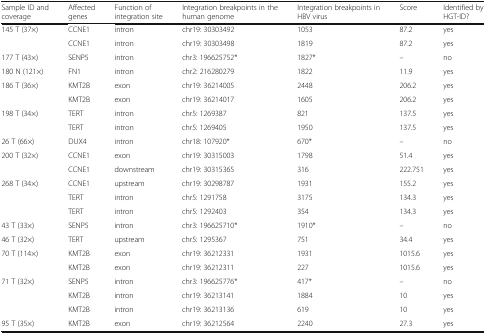
<table><thead><tr><td><b>Sample ID and coverage</b></td><td><b>Affected genes</b></td><td><b>Function of integration site</b></td><td><b>Integration breakpoints in the human genome</b></td><td><b>Integration breakpoints in HBV virus</b></td><td><b>Score</b></td><td><b>Identified by HGT-ID?</b></td></tr></thead><tbody><tr><td rowspan="2">145 T (37×)</td><td>CCNE1</td><td>intron</td><td>chr19: 30303492</td><td>1053</td><td>87.2</td><td>yes</td></tr><tr><td>CCNE1</td><td>intron</td><td>chr19: 30303498</td><td>1819</td><td>87.2</td><td>yes</td></tr><tr><td>177 T (43×)</td><td>SENP5</td><td>intron</td><td>chr3: 196625752*</td><td>1827*</td><td>–</td><td>no</td></tr><tr><td>180 N (121×)</td><td>FN1</td><td>intron</td><td>chr2: 216280279</td><td>1822</td><td>11.9</td><td>yes</td></tr><tr><td rowspan="2">186 T (36×)</td><td>KMT2B</td><td>exon</td><td>chr19: 36214005</td><td>2448</td><td>206.2</td><td>yes</td></tr><tr><td>KMT2B</td><td>exon</td><td>chr19: 36214017</td><td>1605</td><td>206.2</td><td>yes</td></tr><tr><td rowspan="2">198 T (34×)</td><td>TERT</td><td>intron</td><td>chr5: 1269387</td><td>821</td><td>137.5</td><td>yes</td></tr><tr><td>TERT</td><td>intron</td><td>chr5: 1269405</td><td>1950</td><td>137.5</td><td>yes</td></tr><tr><td>26 T (66×)</td><td>DUX4</td><td>intron</td><td>chr18: 107920*</td><td>670*</td><td>–</td><td>no</td></tr><tr><td rowspan="2">200 T (32×)</td><td>CCNE1</td><td>exon</td><td>chr19: 30315003</td><td>1798</td><td>51.4</td><td>yes</td></tr><tr><td>CCNE1</td><td>downstream</td><td>chr19: 30315365</td><td>316</td><td>222.751</td><td>yes</td></tr><tr><td rowspan="3">268 T (34×)</td><td>CCNE1</td><td>upstream</td><td>chr19: 30298787</td><td>1931</td><td>155.2</td><td>yes</td></tr><tr><td>TERT</td><td>intron</td><td>chr5: 1291758</td><td>3175</td><td>134.3</td><td>yes</td></tr><tr><td>TERT</td><td>intron</td><td>chr5: 1292403</td><td>354</td><td>134.3</td><td>yes</td></tr><tr><td>43 T (33×)</td><td>SENP5</td><td>intron</td><td>chr3: 196625710*</td><td>1910*</td><td>–</td><td>no</td></tr><tr><td>46 T (32×)</td><td>TERT</td><td>upstream</td><td>chr5: 1295367</td><td>751</td><td>34.4</td><td>yes</td></tr><tr><td rowspan="2">70 T (114×)</td><td>KMT2B</td><td>exon</td><td>chr19: 36212331</td><td>1931</td><td>1015.6</td><td>yes</td></tr><tr><td>KMT2B</td><td>exon</td><td>chr19: 36212311</td><td>227</td><td>1015.6</td><td>yes</td></tr><tr><td rowspan="3">71 T (32×)</td><td>SENP5</td><td>intron</td><td>chr3: 196625776*</td><td>417*</td><td>–</td><td>no</td></tr><tr><td>KMT2B</td><td>intron</td><td>chr19: 36213141</td><td>1884</td><td>10</td><td>yes</td></tr><tr><td>KMT2B</td><td>intron</td><td>chr19: 36213136</td><td>619</td><td>10</td><td>yes</td></tr><tr><td>95 T (35×)</td><td>KMT2B</td><td>exon</td><td>chr19: 36212564</td><td>2240</td><td>27.3</td><td>yes</td></tr></tbody></table>